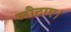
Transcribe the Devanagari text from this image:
लौटाए।